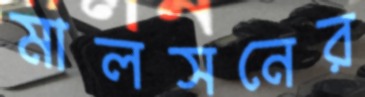
মালসনের